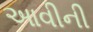
આવીની